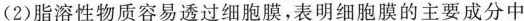
(2)脂溶性物质容易透过细胞膜，表明细胞膜的主要成分中